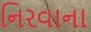
નિરવાના